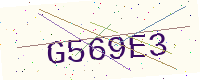
Text: G569E3